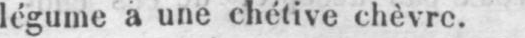
légume a une chétive chèvre.